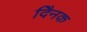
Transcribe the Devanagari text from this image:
दैिनक